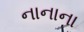
નાનાના